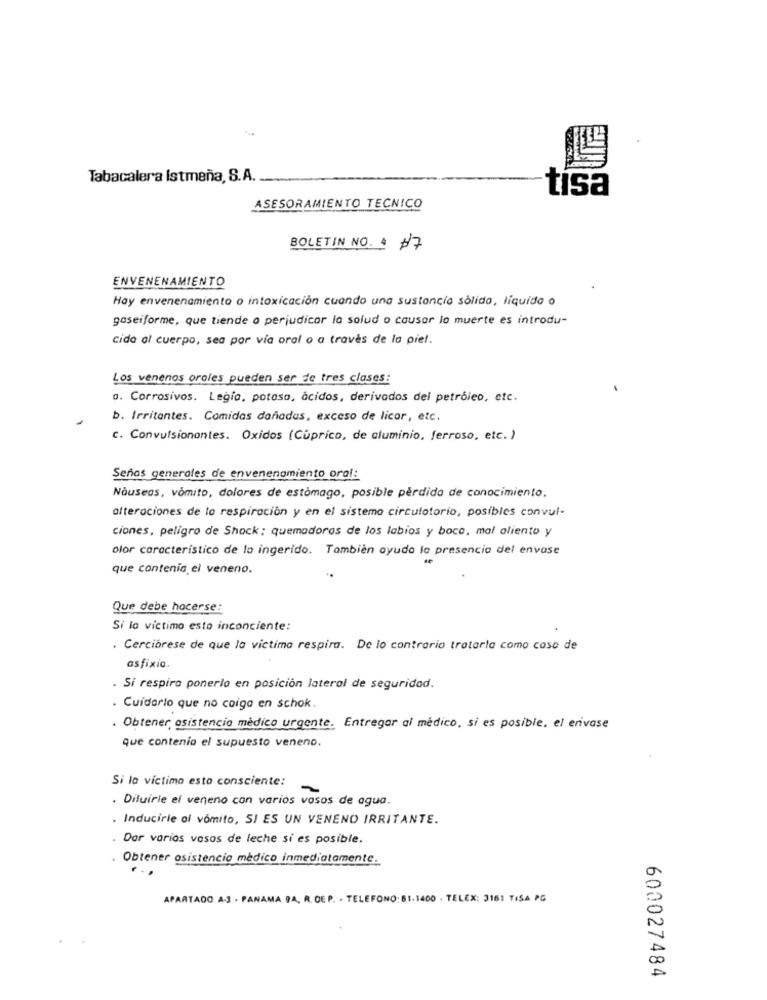
Tabacalera Istmaña, S.A.
tisa
ASESORAMIENTO TECNICO
BOLETIN NO. 4 #7
ENVENENAMIENTO
Hay envenenamiento o intoxicación cuando una sustancia sólido, líquido o
gaseiforme, que tiende o perjudicar la solud o causar lo muerte es introdu-
cida al cuerpo, sea por vía oral o a través de la piel.
Los venenos oroles pueden ser de tres clases :
a. Corrosivos. Legia, potoso, ácidos, derivados del petróleo, etc.
b. Irritantes. Comidas dañadas, exceso de licor, etc.
c. Convulsionantes. Oxidos (Cuprico, de aluminio, ferroso, etc. )
Señas generales de envenenamiento oral:
Náuseas, vómito, dolores de estómago, posible pérdida de conocimiento.
alteraciones de la respiración y en el sistema circulatorio, posibles convul-
ciones, peligro de Shock; quemadoras de los labios y boca, mal aliento y
olor característico de lo ingerido. Tambien oyudo la presencia del envase
que contenis el veneno.
Que debe hacerse:
Si lo victimo esto inconciente:
. Cerciorese de que la victima respira. De lo contrario tratarla como caso de
asfixia.
. Si respira ponerlo en posición lateral de seguridad.
. Cuidarlo que no coiga en schok.
. Obtener, osistencio médico urgente. Entregar al médico, si es posible. el erivase
que contenia el supuesto veneno.
Si la victima esto consciente:
-
· Diluirie el veneno con varios vasos de agua.
. Inducirle ol vómito, SI ES UN VENENO IRRITANTE.
Dor varios vosos de leche si es posible.
. Obtener asistencia médico inmediatamente.
APARTADO A.J - PANAMA 9A. R. DE P. - TELEFONO: 51-1400 . TELEX: 3161 TISA PG
600027484